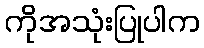
ကိုအသုံးပြုပါက